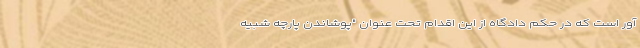
آور است که در حکم دادگاه از این اقدام تحت عنوان "پوشاندن پارچه شبیه